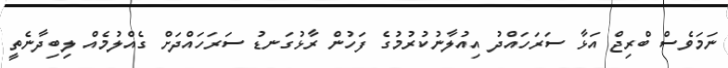
ނަމަވެސް ބްރިޖް އަޅާ ސަރަހައްދު އިއުލާނުކުރުމުގެ ފަހުން ރާޅުގަނޑު ސަރަހައްދަށް ގެއްލުމެއް ލިބިދާނެތީ